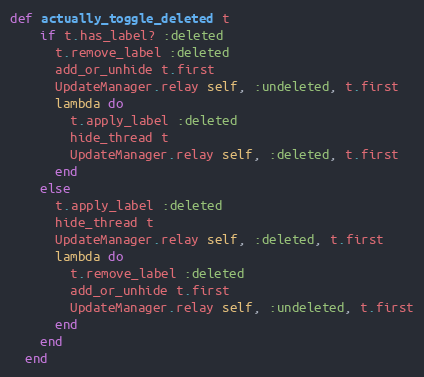
Language: Ruby
def actually_toggle_deleted t
    if t.has_label? :deleted
      t.remove_label :deleted
      add_or_unhide t.first
      UpdateManager.relay self, :undeleted, t.first
      lambda do
        t.apply_label :deleted
        hide_thread t
        UpdateManager.relay self, :deleted, t.first
      end
    else
      t.apply_label :deleted
      hide_thread t
      UpdateManager.relay self, :deleted, t.first
      lambda do
        t.remove_label :deleted
        add_or_unhide t.first
        UpdateManager.relay self, :undeleted, t.first
      end
    end
  end